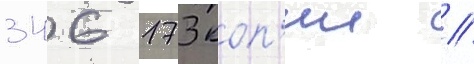
346 173 коп'ии //